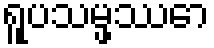
ရူပသမ္ဖဿော